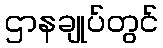
ဌာနချုပ်တွင်